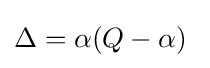
\Delta =\alpha (Q-\alpha )\